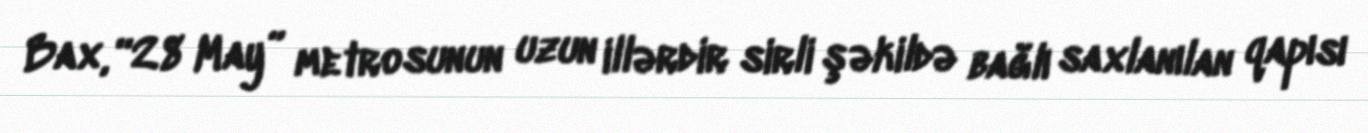
Bax, “28 May” metrosunun uzun illərdir sirli şəkildə bağlı saxlanılan qapısı